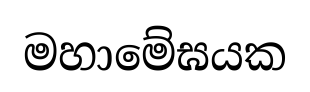
මහාමේඝයක